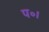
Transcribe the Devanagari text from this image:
प॰।